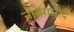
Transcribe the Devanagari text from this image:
नोवगोरोदें